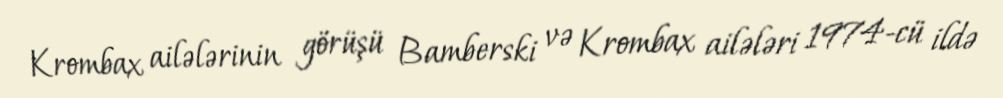
Krombax ailələrinin görüşü Bamberski və Krombax ailələri 1974-cü ildə